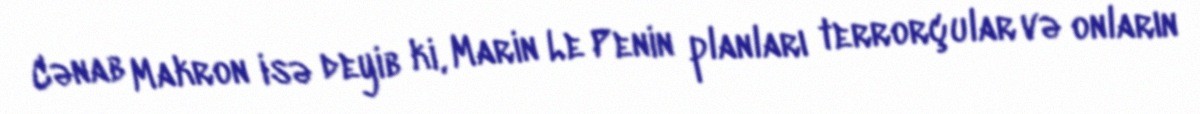
Cənab Makron isə deyib ki, Marin Le Penin planları terrorçular və onların